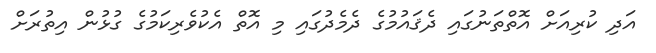
އަދި ކުރިއަށް އޮތްތަނުގައި ދެޤައުމުގެ ދެމެދުގައި މި އޮތް އެކުވެރިކަމުގެ ގުޅުން އިތުރަށް